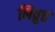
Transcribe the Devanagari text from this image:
निव्रुत्त